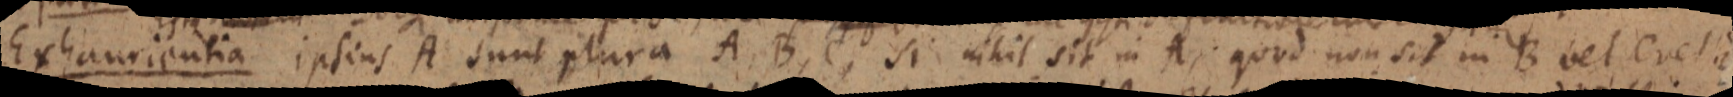
Exhaurientia ipsius A sunt plura A, B, C, si nihil sit in A; quod non sit in B vel C vel _